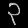
Digit: ၃